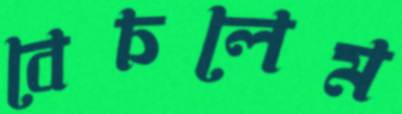
বেচলেম